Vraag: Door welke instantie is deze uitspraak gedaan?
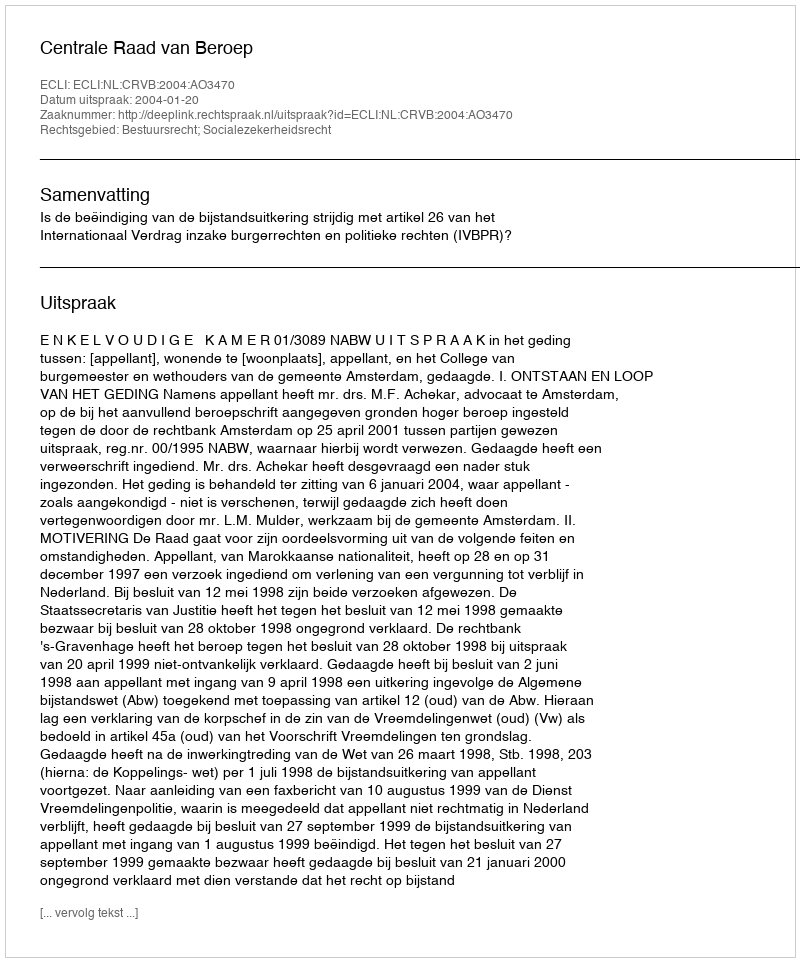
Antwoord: Centrale Raad van Beroep